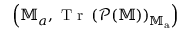
\left( \mathbb { M } _ { a } , \mathrm { ~ T ~ r ~ } \left( \mathcal { P } ( \mathbb { M } ) \right) _ { \mathbb { M } _ { \mathrm { a } } } \right)